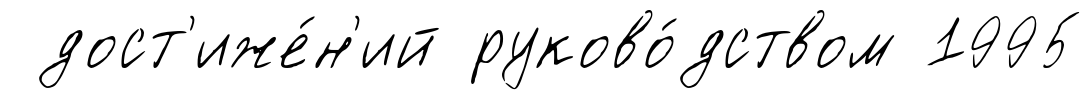
дост'иже́н'ий руково́дством 1995